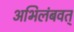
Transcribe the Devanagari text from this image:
अभिलंबवत्